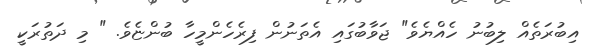
އިބުރަތެއް ލިބުނު ހެއްޔެވެ" ޖަވާބުގައި އެތަނުން ފިރެހެންމީހާ ބުންޏެވެ. " މި ދަތުރަކީ